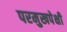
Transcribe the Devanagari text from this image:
परमुखपेक्षी